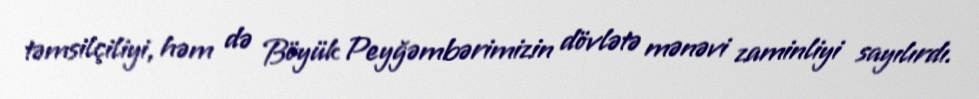
təmsilçiliyi, həm də Böyük Peyğəmbərimizin dövlətə mənəvi zaminliyi sayılırdı.